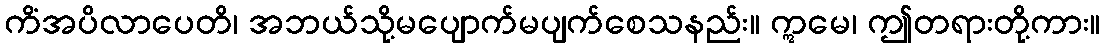
ကိံအပိလာပေတိ၊ အဘယ်သို့မပျောက်မပျက်စေသနည်း။ ဣမေ၊ ဤတရားတို့ကား။